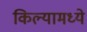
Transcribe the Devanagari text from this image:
किल्यामध्ये